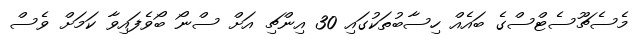
މެސެޗޫސެޓްސްގެ ބައެއް ހިސާބުތަކުގައި 30 އިންޗި އަށް ސްނޯ ބޯވެފައިވާ ކަމަށް ވެސް